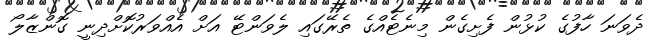
ދެވަނަ ހާފުގެ ކުޅުން ފެށިގެން މިނެޓެއްގެ ތެރޭގައި ލެވަންޓޭ އަށް އެއްވަރުކޮށްދިނީ ގޮންޒާލޯ